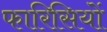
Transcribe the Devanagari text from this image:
फारिसियों